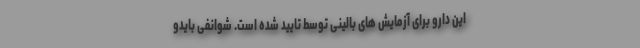
این دارو برای آزمایش های بالینی توسط تایید شده است. شوانفی بایدو